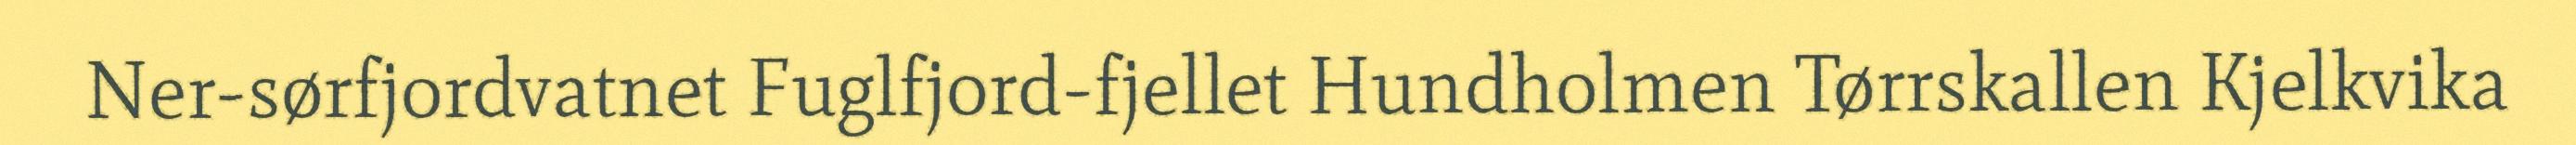
Ner-sørfjordvatnet Fuglfjord-fjellet Hundholmen Tørrskallen Kjelkvika